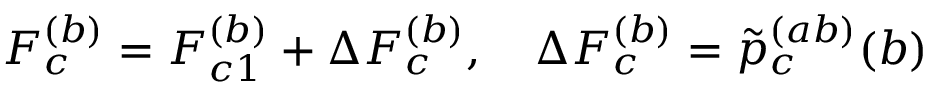
F _ { c } ^ { ( b ) } = F _ { c 1 } ^ { ( b ) } + \Delta F _ { c } ^ { ( b ) } , \quad \Delta F _ { c } ^ { ( b ) } = \tilde { p } _ { c } ^ { ( a b ) } ( b )